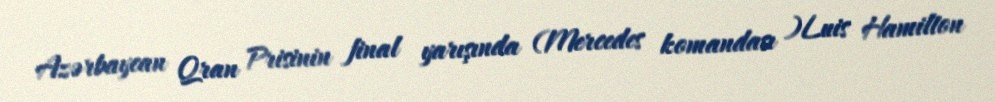
Azərbaycan Qran Prisinin final yarışında (Mercedes komandası )Luis Hamilton